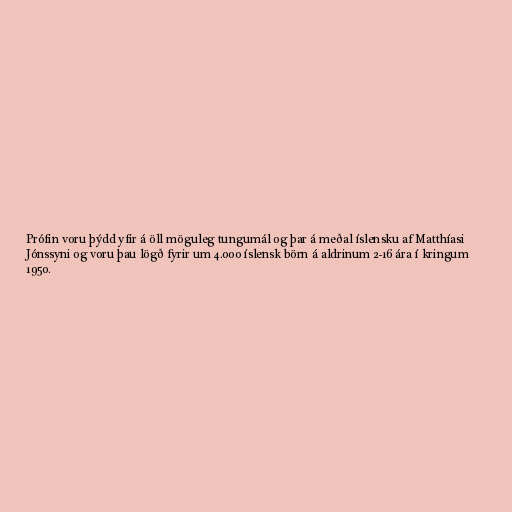
Prófin voru þýdd yfir á öll möguleg tungumál og þar á meðal íslensku af Matthíasi
Jónssyni og voru þau lögð fyrir um 4.000 íslensk börn á aldrinum 2-16 ára í kringum
1950.